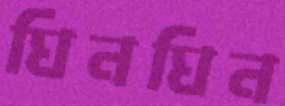
ঘিনঘিন